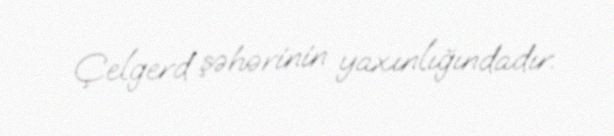
Çelgerd şəhərinin yaxınlığındadır.